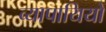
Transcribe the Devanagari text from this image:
व्यापायियों